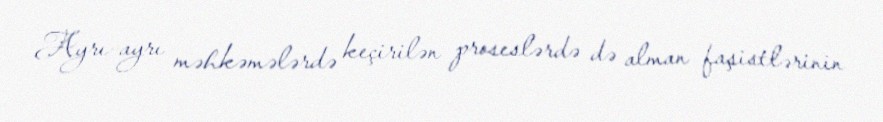
Ayrı-ayrı məhkəmələrdə keçirilən proseslərdə də alman faşistlərinin